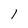
Character: 1